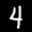
Label: 4